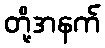
တို့အနက်